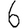
Digit: 6